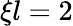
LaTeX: \xi l=2